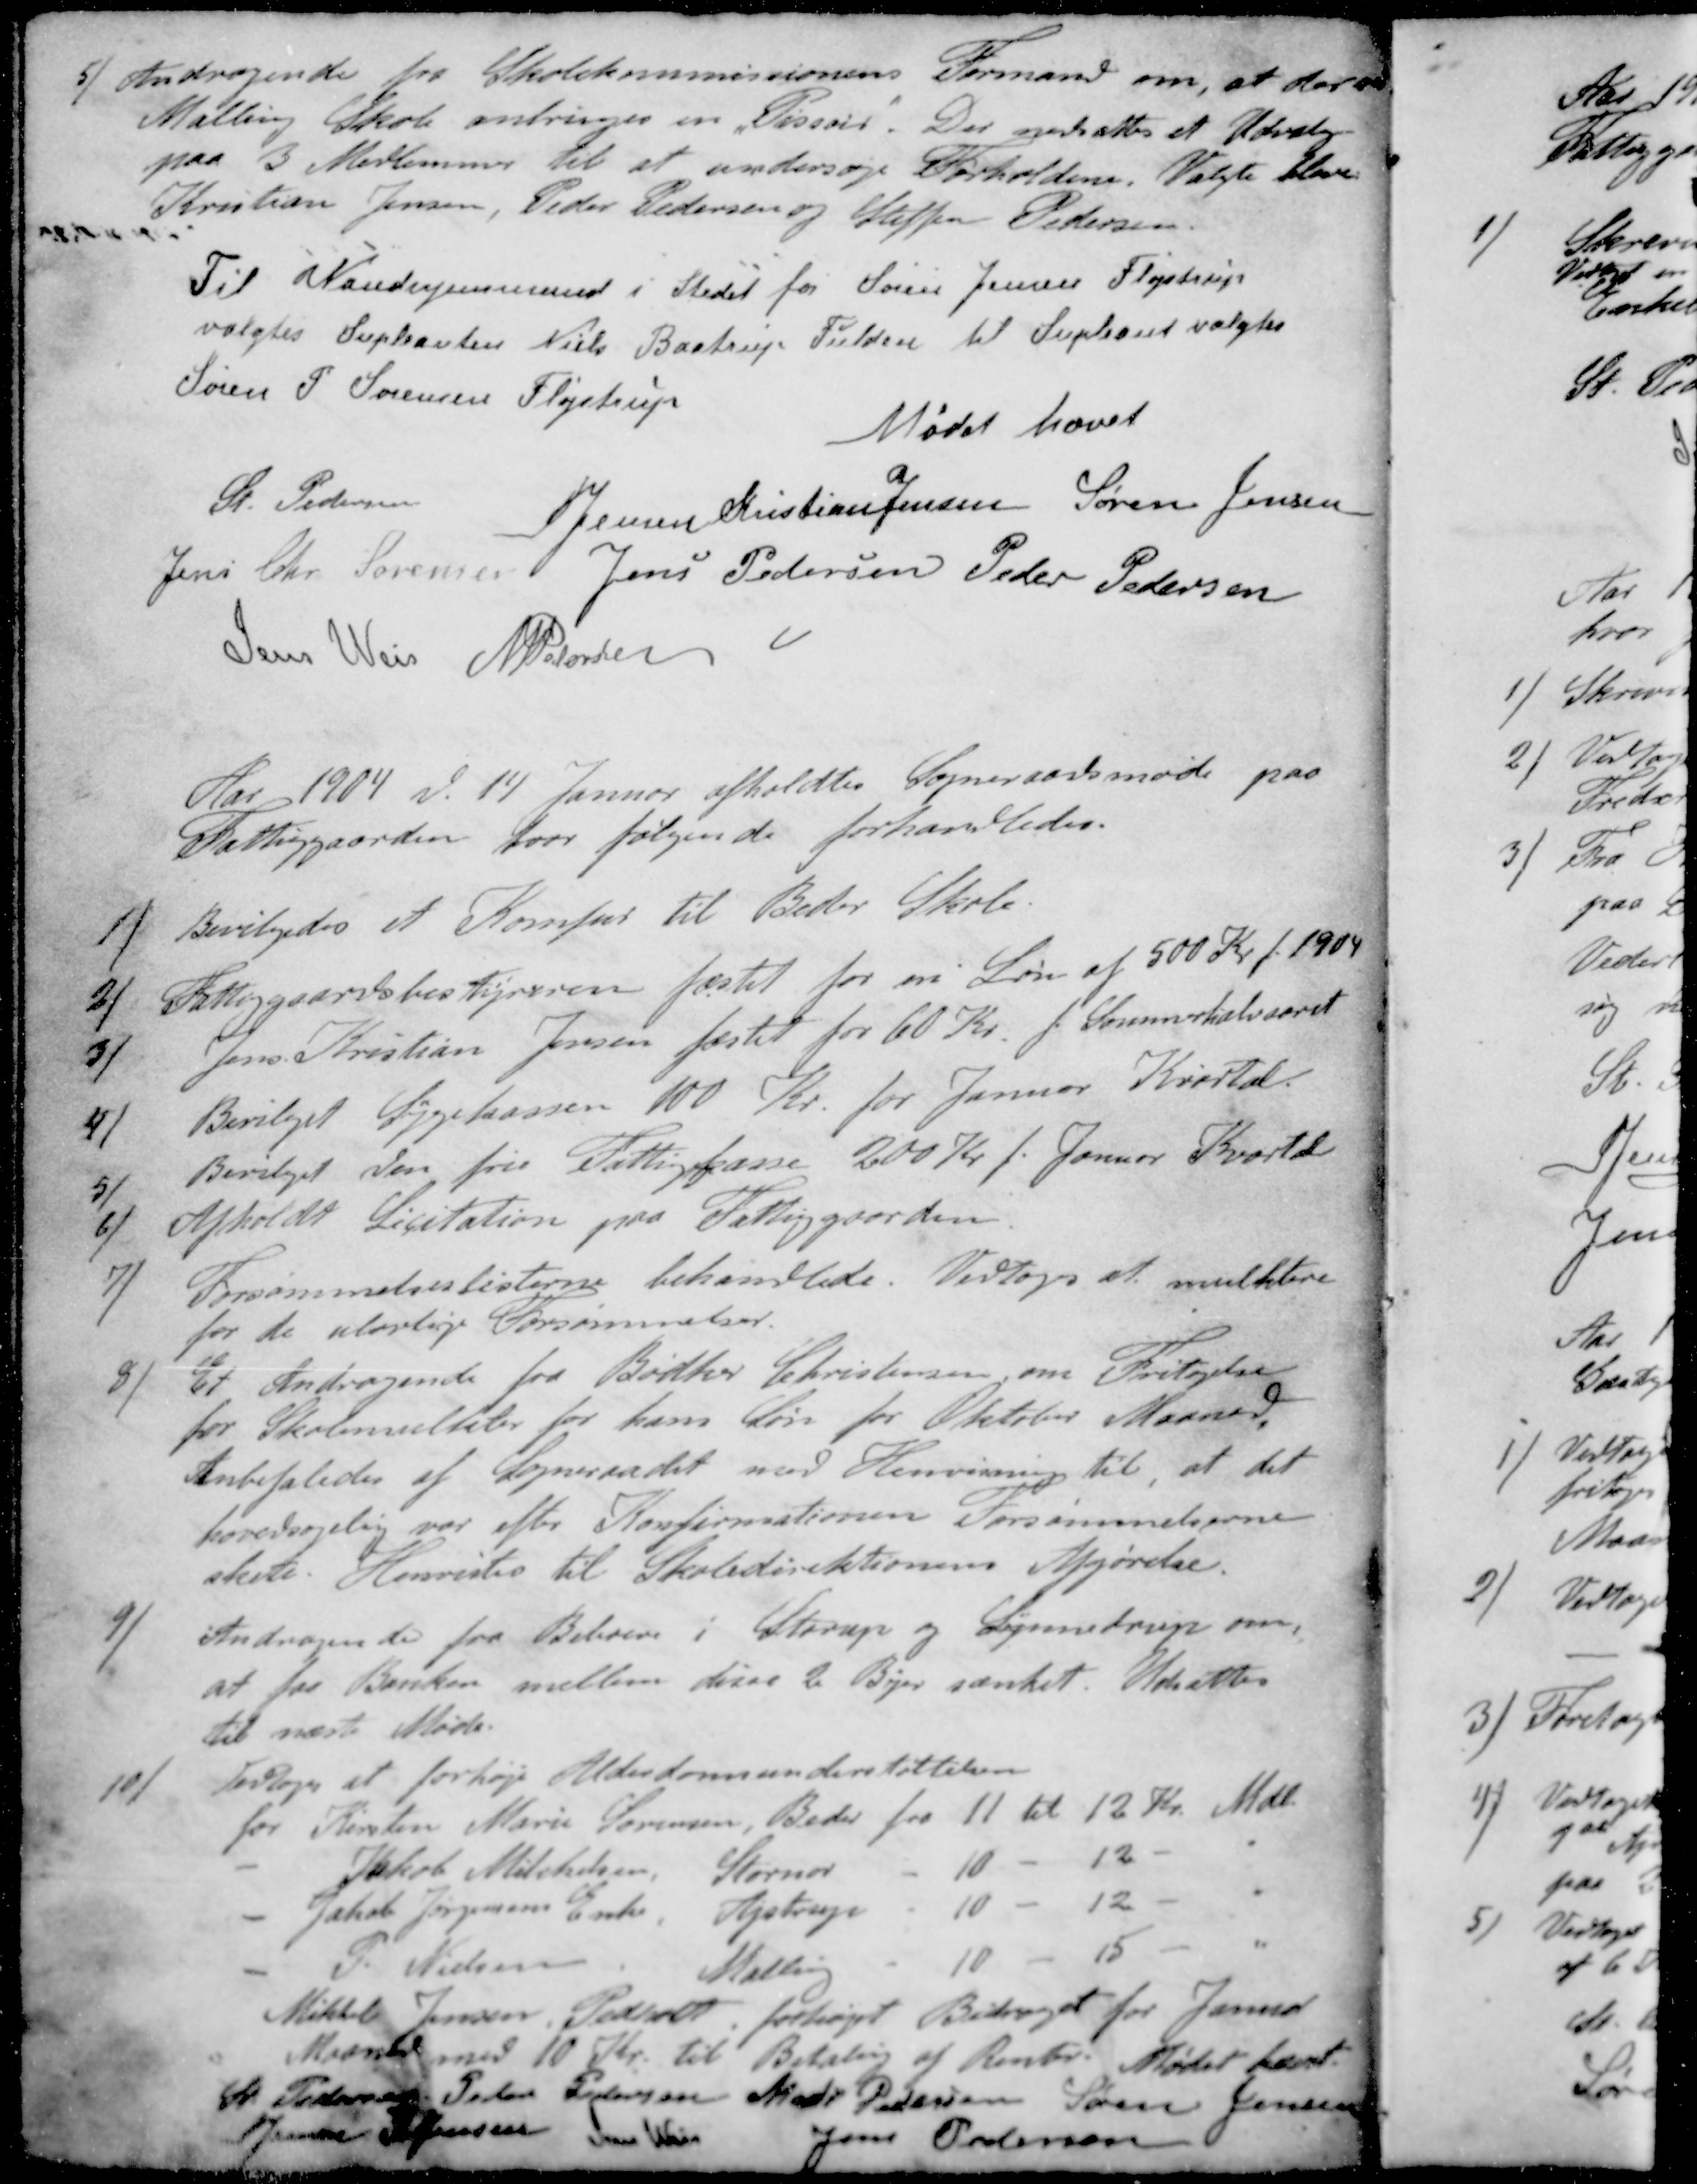
Transskription:
5) Andragende fra Skolekommissionens Formand om, at der paa
Malling Skole anbringes en "Pissoir". Der nedsattes et Udvalg
paa 3 Medlemmer til at undersøge Forholdene. Valgte blev
Kristian Jensen, Peder Pedersen og Steffen Pedersen
Til Vandsynsmand i Stedet for Søren Jensen Fløjstrup
valgtes Supleanten Niels Bastrup Fulden til Supleant valgtes
Søren P Sørensen, Fløjstrup
Mødet hævet
St Pedersen
S Jensen
Kristian Jensen
Søren Jensen
Jens Chr Sørensen
Jens Pedersen
Peder Pedersen
Jens Weis
M Pedersen
Aar 1904 d. 14 Januar afholdtes Sogneraadsmøde paa
Fattiggaarden for følgende forhandledes.
1 / Bevilgedes et Komfur til Beder Skole.
2 / Fattiggaardsbestyreren fæstet for en Løn af 500 Kr. f. 1904
3 / Jens Kristian Jensen fæstet for 60 Kr. f. Sommerhalvaaret
4 / Bevilget Sygekassen 100 Kr. for Januar Kvartal
5 / Bevilget den frie Fattigkasse 200 Kr f. Januar Kvartal
6 / Afholdt Licitation paa Fattiggaarden.
7 / Forsømmelseslisterne behandlede. Vedtoges at mulktere
for de ulovlige Forsømmelser.
8 / Et Andragende fra Bødker Christensen, om Fritagelse
for Skolemulkter for hans Søn for Oktober Maaned
Anbefaledes af Sogneraadet med Henvisning til, at det
hovedsagelig var efter Konfirmationen Forsømmelserne
skete. Henvistes til Skoledirektionens Afgørelse.
9 / Andragende fra Beboere i Starup og Synnedrup om,
at for Banken mellem disse 2 Byer sænket. Udsattes
til næste Møde.
10 / Vedtoges at forhøje Alderdomsunderstøttelsen
for Kirsten Marie Sørensen, Beder fra 11 til 12 Kr. Mdl.
- Jakob Mitchelsen, Stornor - 10 - 12 - -
- Jakob Jørgensens Enke, Lystrup - 10 - 12 - -
- P. Nielsen Malling - 10 - 15 - -
Mikkel Jensen, Pedholtr forhøjet Bidraget for Januar
Maaned med 10 Kr til Betaling af Renter. Mødet hævet.
St Pedersen
A. Pedersen
Mads Pedersen
Søren Jensen
S Jensen
S Jensen
Jens Weis
Jens Pedersen